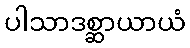
ပါသာဒစ္ဆာယာယံ